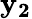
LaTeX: \mathbf{y_{2}}